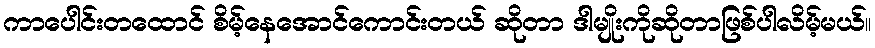
ကာပေါင်းတထောင် စိမ့်နေအောင်ကောင်းတယ် ဆိုတာ ဒါမျိုးကိုဆိုတာဖြစ်ပါလိမ့်မယ်။